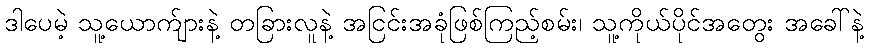
ဒါပေမဲ့ သူ့ယောက်ျားနဲ့ တခြားလူနဲ့ အငြင်းအခုံဖြစ်ကြည့်စမ်း၊ သူ့ကိုယ်ပိုင်အတွေး အခေါ်နဲ့